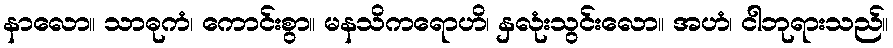
နာလော။ သာဓုကံ၊ ကောင်းစွာ။ မနသိကရောဟိ၊ နှလုံးသွင်းလော။ အဟံ၊ ငါဘုရားသည်။